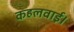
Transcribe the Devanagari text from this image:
कहलवाई।